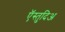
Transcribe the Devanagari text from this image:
ऍस्तुदिअ